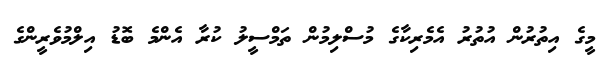
މީގެ އިތުރުން އުތުރު އެމެރިކާގެ މުސްލިމުން ތަމްސީލު ކުރާ އެންމެ ބޮޑު އިލްމުވެރީންގެ